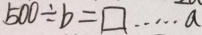
5 0 0 \div b = \square \cdots a